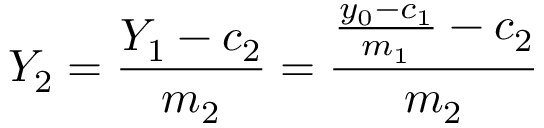
Y _ { 2 } = \frac { Y _ { 1 } - c _ { 2 } } { m _ { 2 } } = \frac { \frac { y _ { 0 } - c _ { 1 } } { m _ { 1 } } - c _ { 2 } } { m _ { 2 } }